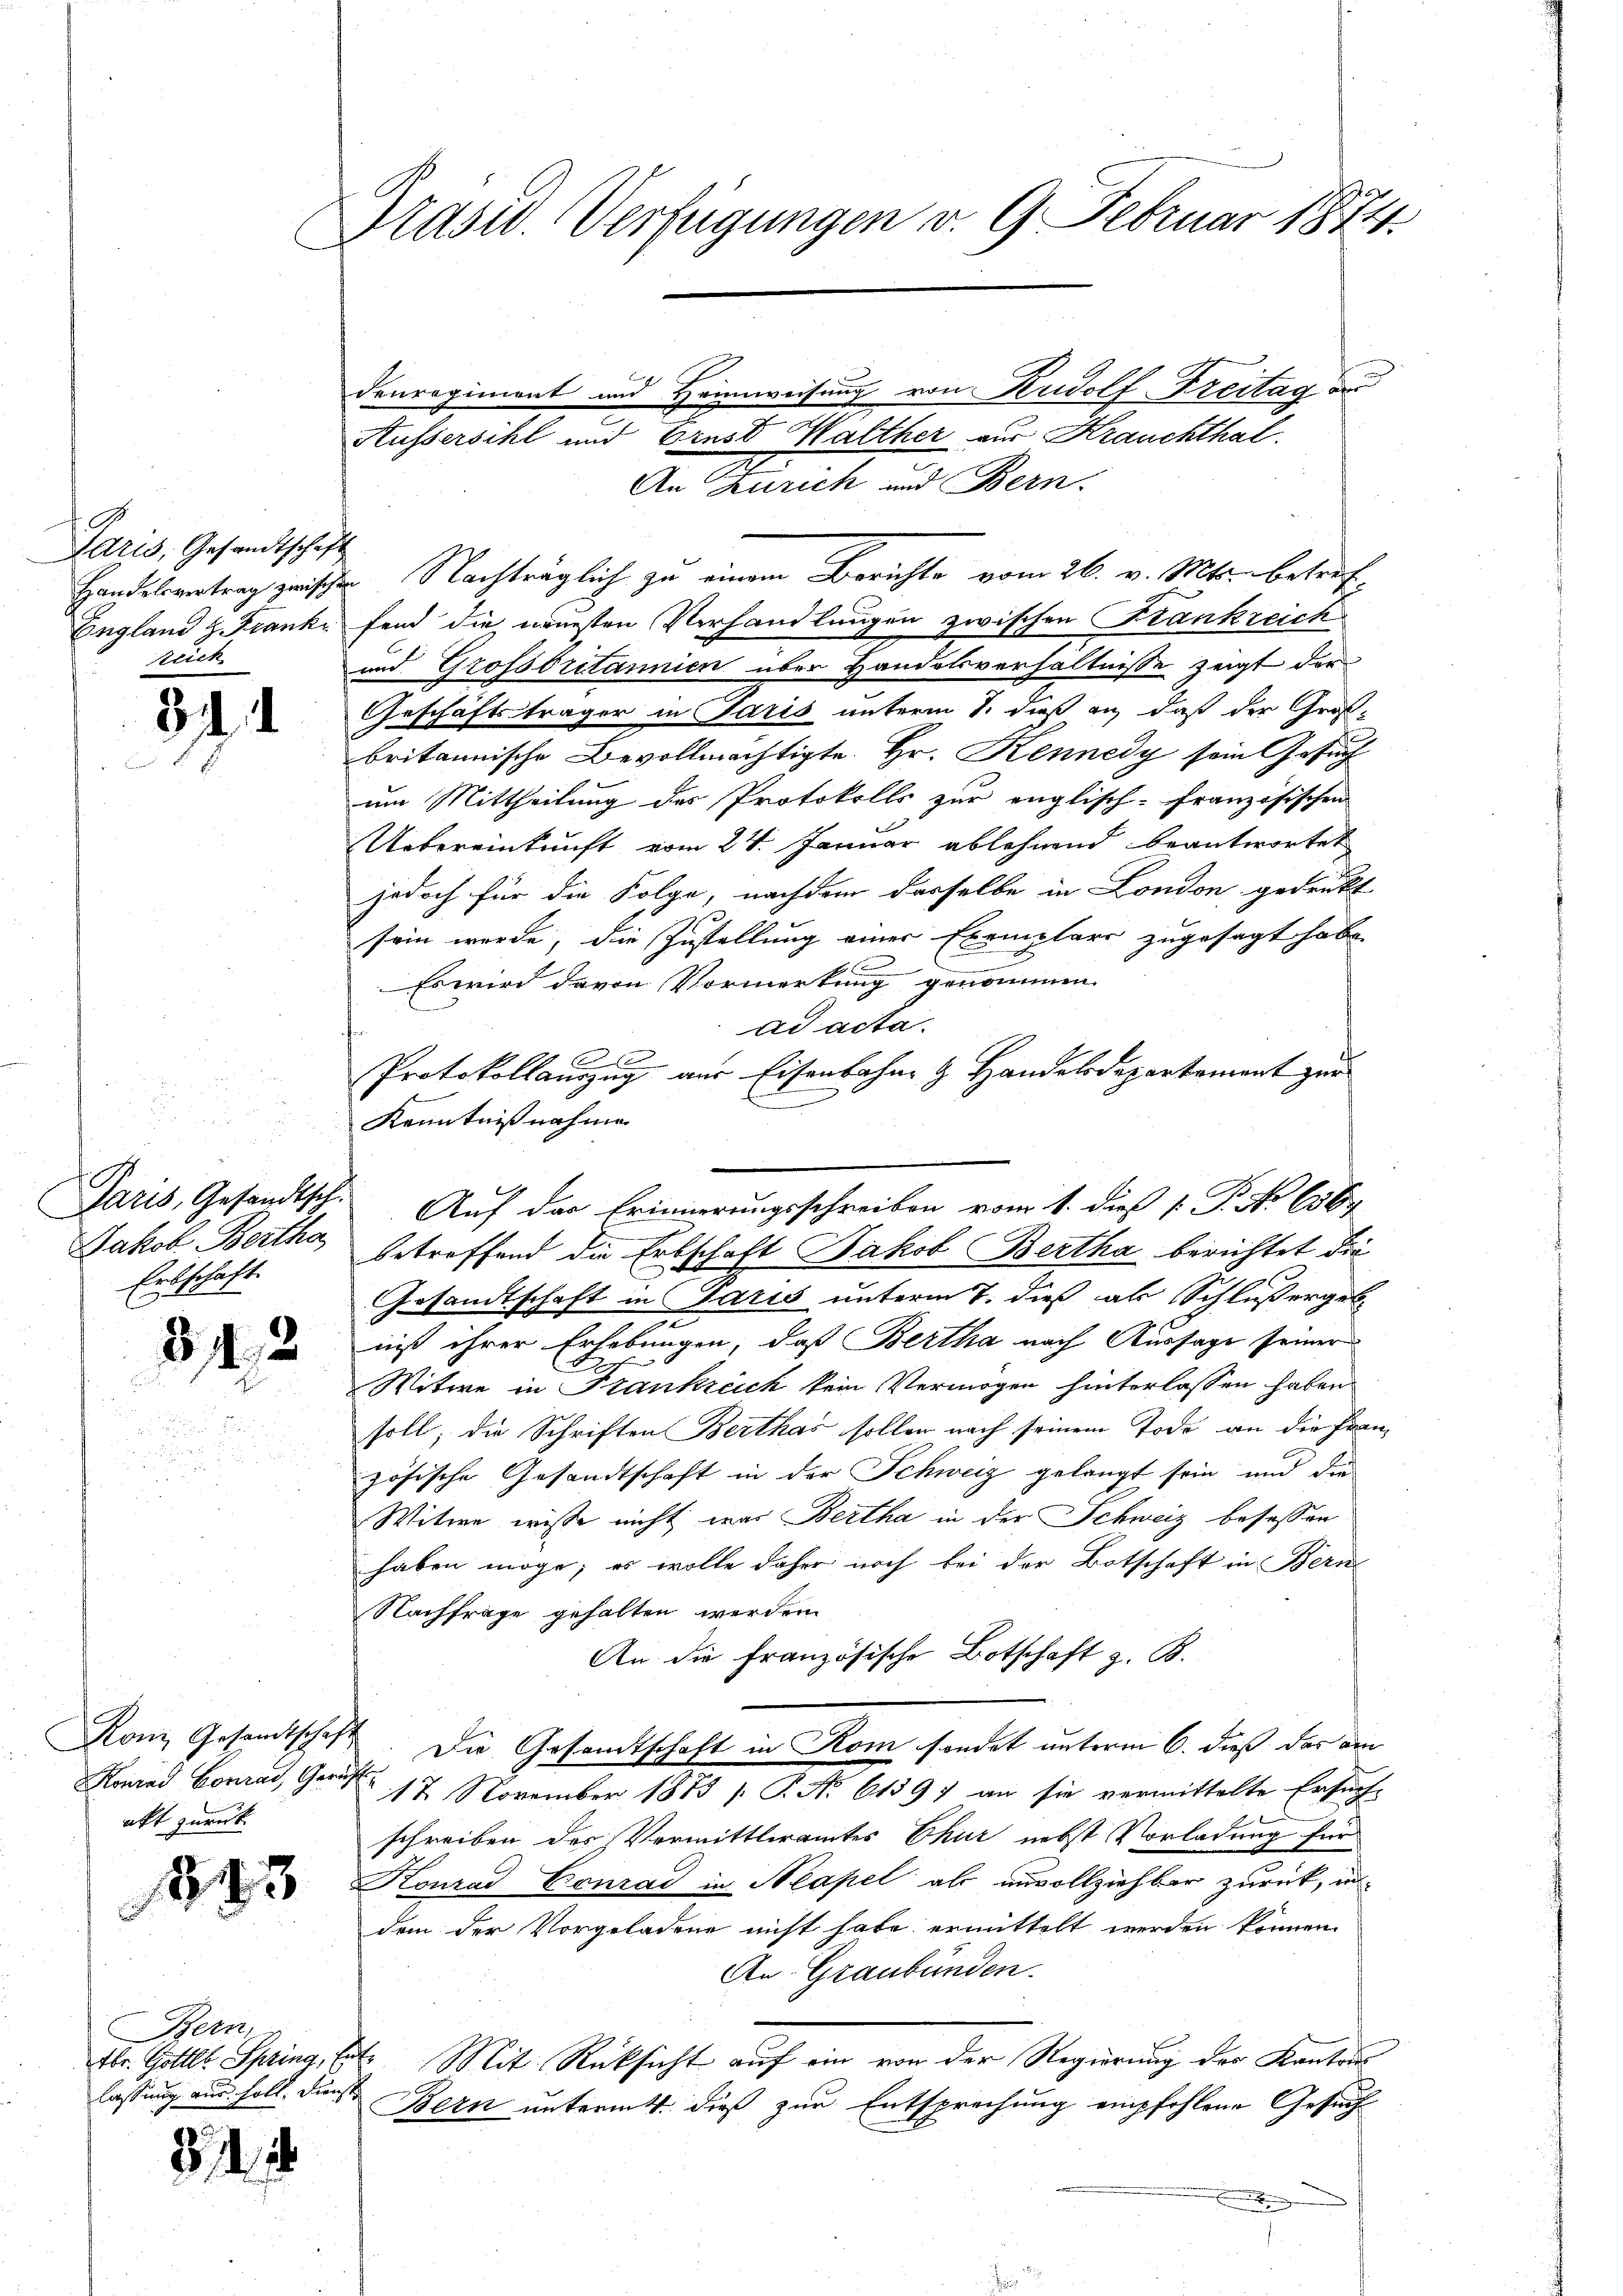
Paris, Gesandtschaft
England z. Frank
teich

34. 1

Jakob Bertha
Erbschaft

312
e

akt zurück

245

Handelsvertrag zwischen Nachträglich zu einem Berichte vom 26. v. Mts. betreffend die neuesten Verhandlungen zwischen Krankreich
und Grossbritannien über Handelsverhältnisse zeigt der
Geschäftsträger in Paris unterm 7. dieß an, daß der Groß-
britannische Bevollmächtigte Hr. Rennedy sein Gesuch
um Mittheilung des Protokolls zur englisch-französischen
Uebereinkunft vom 24. Januar ablehnend beantwortet
jedoch für die Folge, nachdem dasselbe in London gedenkt
sein werde, die Zustellung einer Exemplars zugesagt habe,
Es wird davon Vormerkung genommen.
ad acta.
A
Protokollauszug aus Eisenbahn & Handelsdepartement zur
Kenntnißnahme
betreffend die Erbschaft Jakob Bertha berichtet die
Gesandtschaft in Paris unterm 7. dieß als Schlußergeb
niß ihrer Erhebungen, daß Bertha nach Aussage seiner
Witwe in Frankreich kein Vermögen hinterlassen haben.
soll, die Schriften Berthas sollen nach seinem Tode an die Franz
zösische Gesandtschaft in der Schweiz gelangt sein und die
Witwe wisse nicht was Bertha in der Schweiz besessen
haben möge; es wolle daher noch bei der Botschaft in Bern
Nachfrage gehalten werden.
An die französische Botschaft z. B.
Kon Gesamtschaft. Die Gesamtschaft in Rom sondet unterm 6. dieß das am
Konrad Conrad, Germ 17 November 1873 /: P. No 61397 an sie vermittelte Ersuch-
schreiben des Vermittleramtes Chur nebst Vorladung für
KKonrad Conrad in Neapel als unvollziehbar zurück, in
dem der Vorgeladene nicht habe ermittelt werden können.
An Graubünden.
br. Gottl. Spring, Ent. Mit Rücksicht auf ein von der Regierung der Kantons
Bern unterm 4. dieß zur Entsprechung empfohlene Gesuch

Bern.
lassung aus soll. Dienste

31.

Präsid. Verfügungen v. 9. Februar 1874.

denregiment und Heimweisung von Rudolf Freitag an
Kussersihl und Ernst Walther zur Krauchthal.

An Zürich und Bern.

Paris, Gesandtsch. Auf der Erinnerungsschreiben vom 1. dieß P. P. No 1367